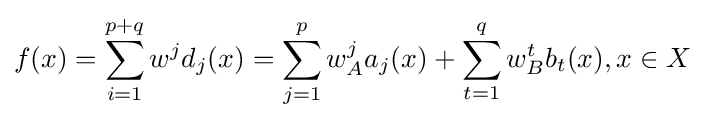
f(x)=\sum _{i=1}^{p+q}{w^{j}d_{j}(x)}=\sum _{j=1}^{p}{w_{A}^{j}a_{j}(x)}+\sum _{t=1}^{q}{w_{B}^{t}b_{t}(x)},x\in X